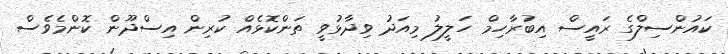
ކައުންސިލްގެ ރައީސް އިބުރާހިމް ހަލީލު މިއަދު ވިދާޅުވީ ތަންކޮޅެއް ކުރިން އިސްދޫން ކޮންމެވެސް